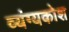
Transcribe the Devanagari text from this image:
व्यंग्यकोश